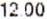
12.00